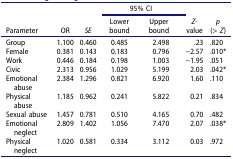
<table><thead><tr><td rowspan="2"><b>Parameter</b></td><td rowspan="2"><b>OR</b></td><td rowspan="2"><b><i>SE</i></b></td><td colspan="2"><b>95% CI</b></td><td rowspan="2"><b><i>Z</i>-value</b></td><td rowspan="2"><b><i>p</i> (&gt; <i>Z</i>)</b></td></tr><tr><td><b>Lower bound</b></td><td><b>Upper bound</b></td></tr></thead><tbody><tr><td>Group</td><td>1.100</td><td>0.460</td><td>0.485</td><td>2.498</td><td>.23</td><td>.820</td></tr><tr><td>Female</td><td>0.381</td><td>0.143</td><td>0.183</td><td>0.796</td><td>−2.57</td><td>.010*</td></tr><tr><td>Work</td><td>0.446</td><td>0.184</td><td>0.198</td><td>1.003</td><td>−1.95</td><td>.051</td></tr><tr><td>Civic</td><td>2.313</td><td>0.956</td><td>1.029</td><td>5.199</td><td>2.03</td><td>.042*</td></tr><tr><td>Emotional abuse</td><td>2.384</td><td>1.296</td><td>0.821</td><td>6.920</td><td>1.60</td><td>.110</td></tr><tr><td>Physical abuse</td><td>1.185</td><td>0.962</td><td>0.241</td><td>5.822</td><td>0.21</td><td>.834</td></tr><tr><td>Sexual abuse</td><td>1.457</td><td>0.781</td><td>0.510</td><td>4.165</td><td>0.70</td><td>.482</td></tr><tr><td>Emotional neglect</td><td>2.809</td><td>1.402</td><td>1.056</td><td>7.470</td><td>2.07</td><td>.038*</td></tr><tr><td>Physical neglect</td><td>1.020</td><td>0.581</td><td>0.334</td><td>3.112</td><td>0.03</td><td>.972</td></tr></tbody></table>